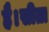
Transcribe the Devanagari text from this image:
है।सीता